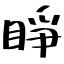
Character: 睜